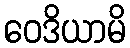
ဝေဒိယာမိ